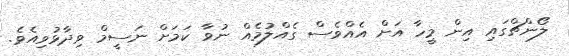
ލޯންޗްގައި އިން މީހާ އަށް އެއްވެސް ގެއްލުމެއް ނުވާ ކަމަށް ނަސީމް ވިދާޅުވިއެވެ.